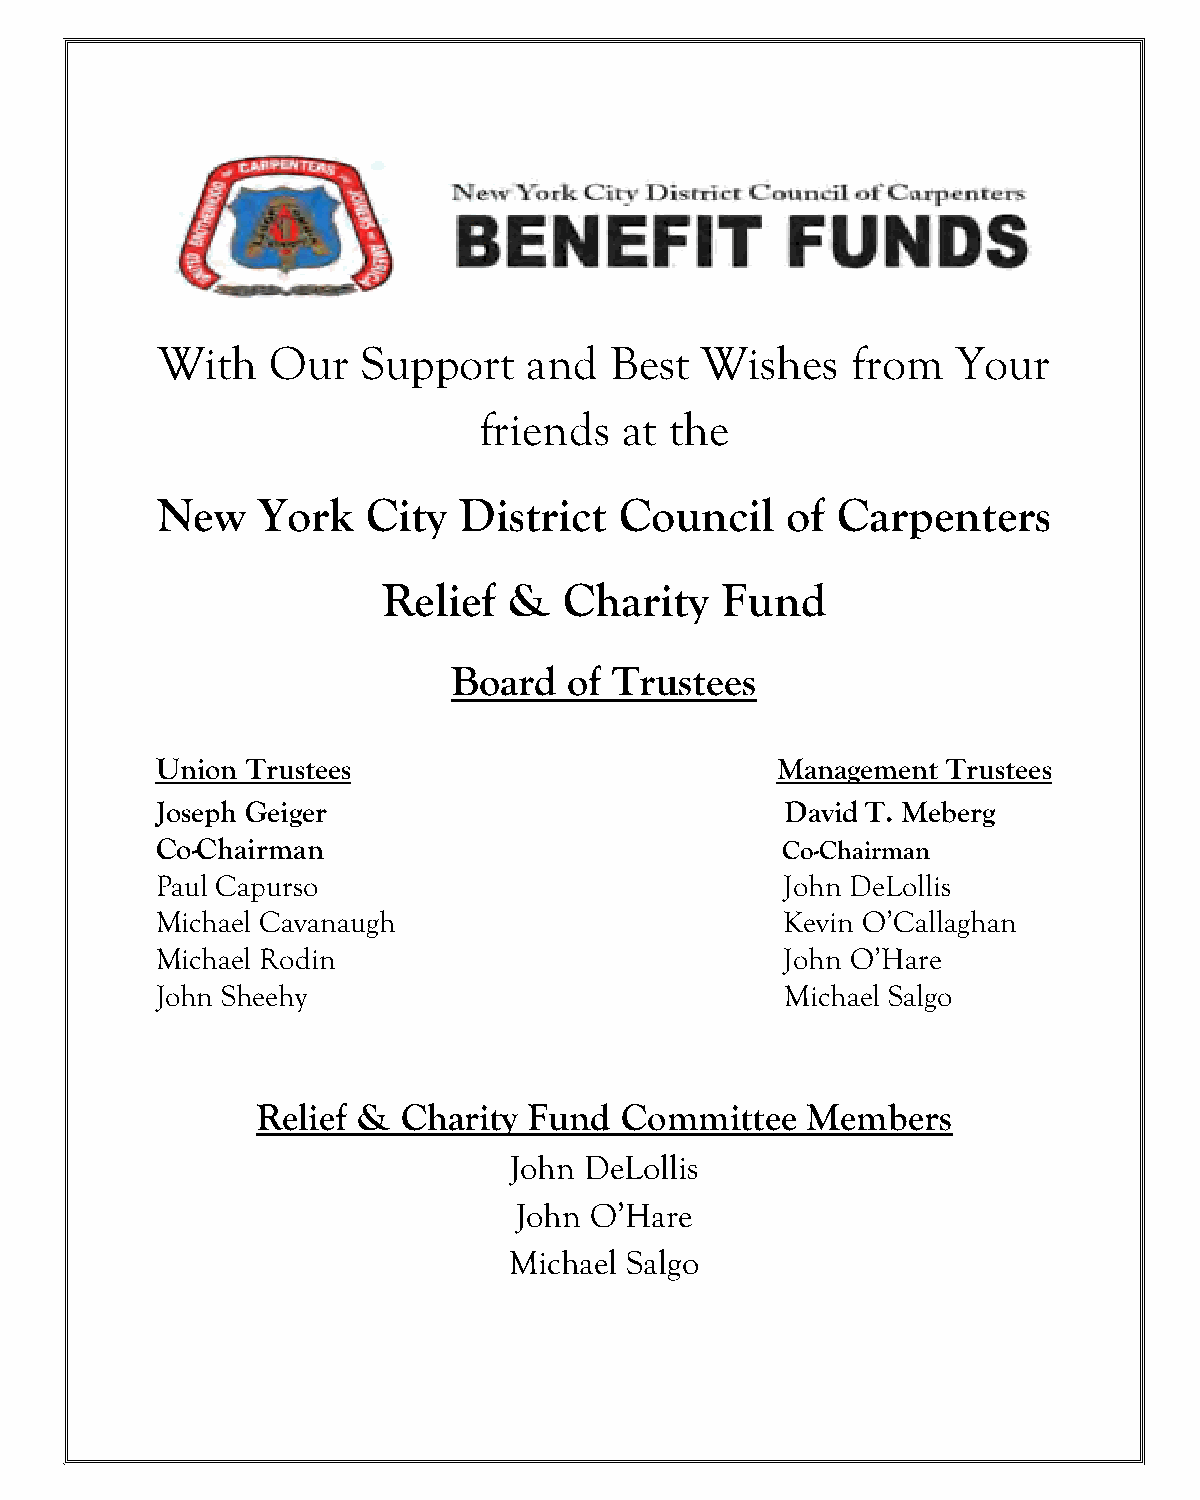
With    Our   Support    and  Best  Wishes    from   Your
 friends  at the
 New    York   City  District   Council    of Carpenters
 Relief   &  Charity    Fund
 Board   of Trustees
 Union Trustees                           Management  Trustees
 Joseph Geiger                             David T. Meberg
 Co-Chairman                               Co-Chairman
 Paul Capurso                              John DeLollis
 Michael Cavanaugh                         Kevin O’Callaghan
 Michael Rodin                             John O’Hare
 John Sheehy                               Michael Salgo
 Relief &  Charity Fund  Committee   Members
 John DeLollis
 John O’Hare
 Michael Salgo